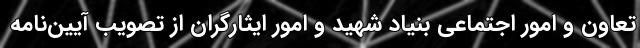
تعاون و امور اجتماعی بنیاد شهید و امور ایثارگران از تصویب آیین‌نامه